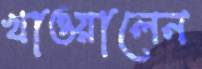
খাওয়ালেন